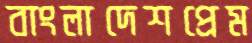
বাংলাদেশপ্রেম